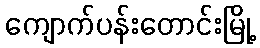
ကျောက်ပန်းတောင်းမြို့